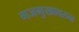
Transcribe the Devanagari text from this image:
गजमुखावरुन